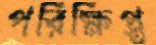
পরিক্ষিপ্ত